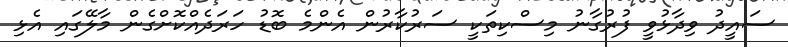
ސައީދު ވިދާޅުވީ ފުރުގާނު މިސްކިތަކީ ސަރުކާރުން އެންމެ ބޮޑު ހަރަދެއްކޮށްގެން މާލޭގައި އެޅި